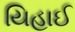
યિહાઈ